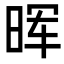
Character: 晖